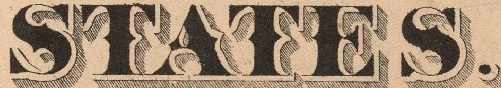
STATES.